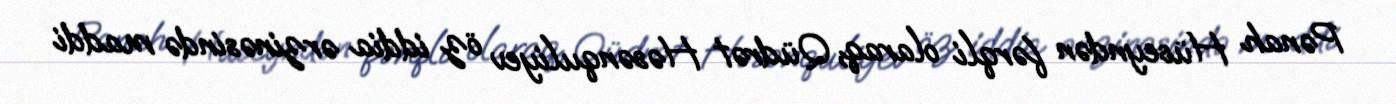
Pənah Hüseyndən fərqli olaraq, Qüdrət Həsənquliyev öz iddia ərzinəsində maddi